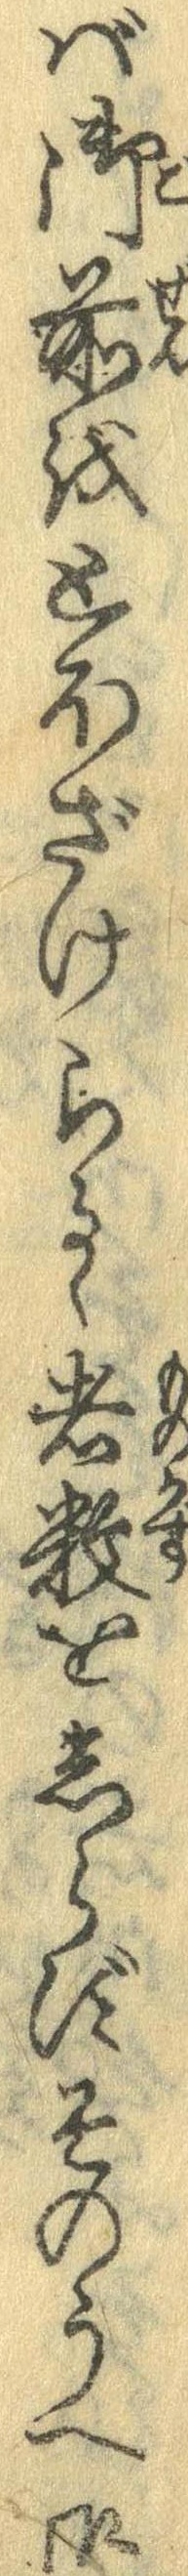
ば御前をとほざけらるゝ者数をしらずそのうへ御